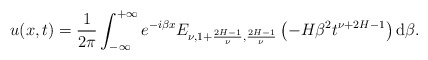
\begin{align*}u(x,t)= \frac{1}{2 \pi} \int_{-\infty}^{+\infty} e^{-i \beta x}E_{\nu, 1+\frac{2H-1}{\nu}, \frac{2H-1}{\nu}} \left(- H \beta^2 t^{\nu+2H-1} \right) \textrm d\beta. \end{align*}